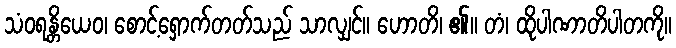
သံဝရန္တိယေဝ၊ စောင့်ရှောက်တတ်သည် သာလျှင်။ ဟောတိ၊ ၏။ တံ၊ ထိုပါဏာတိပါတကို။